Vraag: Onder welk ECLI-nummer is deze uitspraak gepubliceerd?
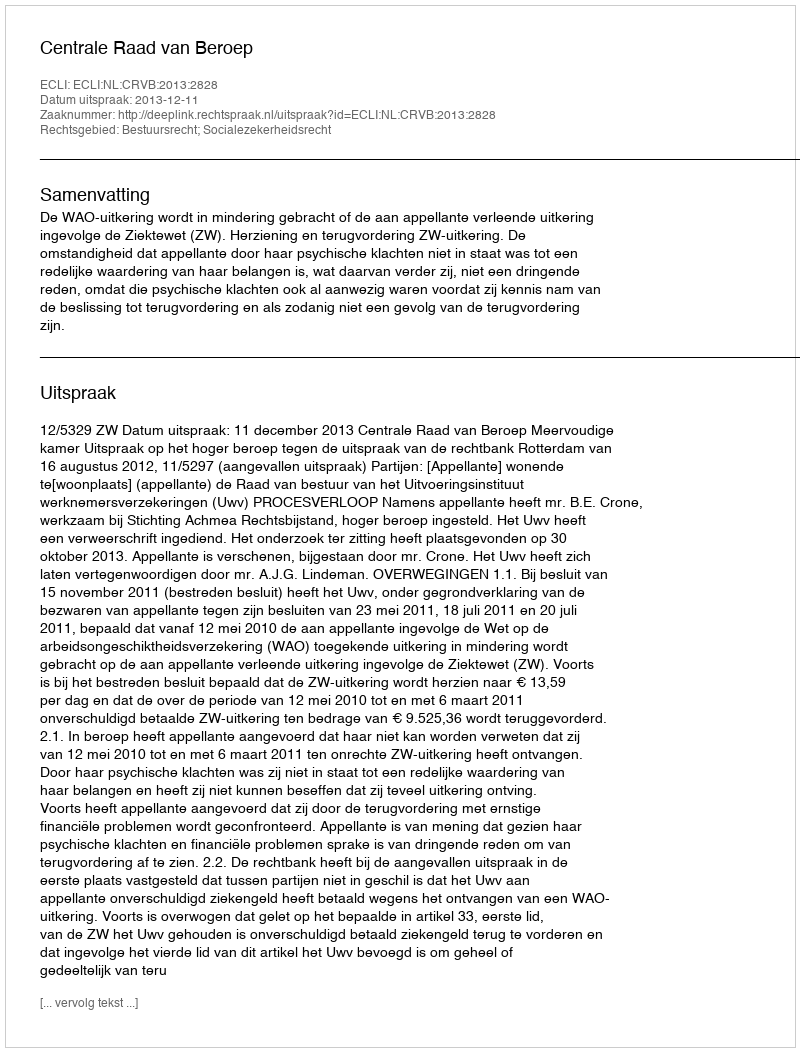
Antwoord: ECLI:NL:CRVB:2013:2828